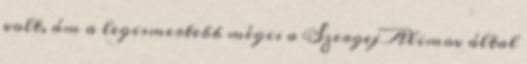
volt, ám a legismertebb mégis a Szergej Alimov által